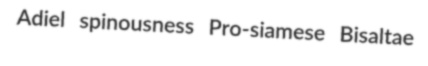
Adiel spinousness Pro-siamese Bisaltae